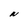
Character: N